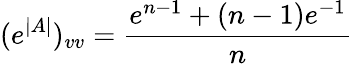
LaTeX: (e^{|A|})_{vv}=\frac{e^{n-1}+(n-1)e^{-1}}{n}